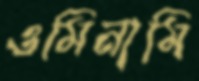
ওমিনামি